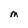
Character: M